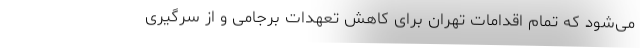
می‌شود که تمام اقدامات تهران برای کاهش تعهدات برجامی و از سرگیری